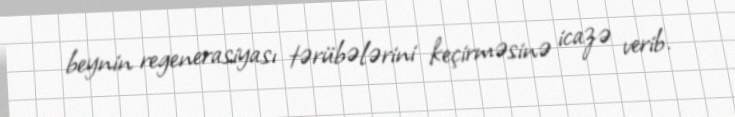
beynin regenerasiyası tərübələrini keçirməsinə icazə verib.